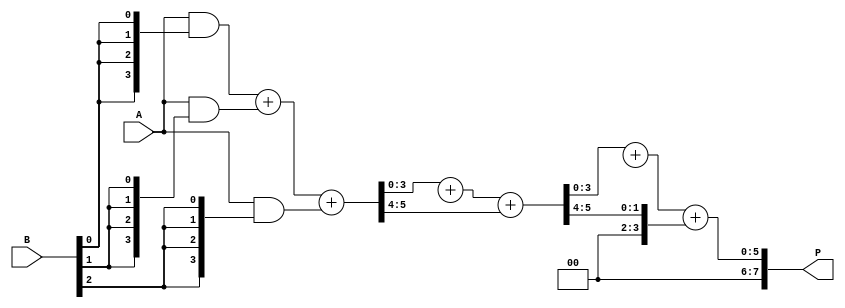
module wallace_tree_multiplier #(parameter N = 4) (
    input [N-1:0] A,
    input [N-1:0] B,
    output reg [2*N-1:0] P
);

    // Generate partial products
    wire [N-1:0] pp [0:N-1]; // Partial products
    genvar i, j;
    generate
        for (i = 0; i < N; i = i + 1) begin : pp_gen
            assign pp[i] = A & {N{B[i]}};
        end
    endgenerate

    // Wallace tree reduction
    wire [N-1:0] sum [0:N-1]; // Sums from adders
    wire [N-1:0] carry [0:N-1]; // Carries from adders
    wire [N-1:0] temp_sum [0:N-1]; // Temporary sums for reduction
    wire [N-1:0] temp_carry [0:N-1]; // Temporary carries for reduction

    // Stage 1: Reduce partial products
    generate
        for (i = 0; i < N; i = i + 1) begin : stage1
            if (i % 3 == 0) begin
                assign {carry[i], sum[i]} = pp[i] + pp[i+1] + pp[i+2];
            end
        end
    endgenerate

    // Stage 2: Continue reduction
    generate
        for (i = 0; i < N; i = i + 1) begin : stage2
            if (i % 3 == 0) begin
                assign {temp_carry[i], temp_sum[i]} = sum[i] + sum[i+1] + carry[i];
            end
        end
    endgenerate

    // Stage 3: Final addition
    wire [2*N-1:0] final_sum;
    wire [2*N-1:0] final_carry;

    assign final_sum = {1'b0, temp_sum[0]} + {1'b0, temp_sum[1]} + {1'b0, temp_carry[0]};

    always @(*) begin
        P = final_sum;
    end

endmodule